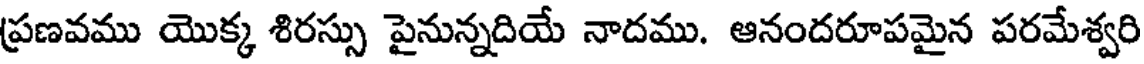
ప్రణవము యొక్క శిరస్సు పైనున్నదియే నాదము. ఆనందరూపమైన పరమేశ్వరి